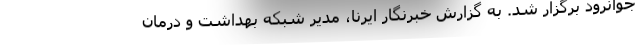
جوانرود برگزار شد. به گزارش خبرنگار ایرنا، مدیر شبکه بهداشت و درمان